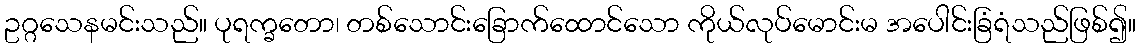
ဥဂ္ဂသေနမင်းသည်။ ပုရက္ခတော၊ တစ်သောင်းခြောက်ထောင်သော ကိုယ်လုပ်မောင်းမ အပေါင်းခြံရံသည်ဖြစ်၍။